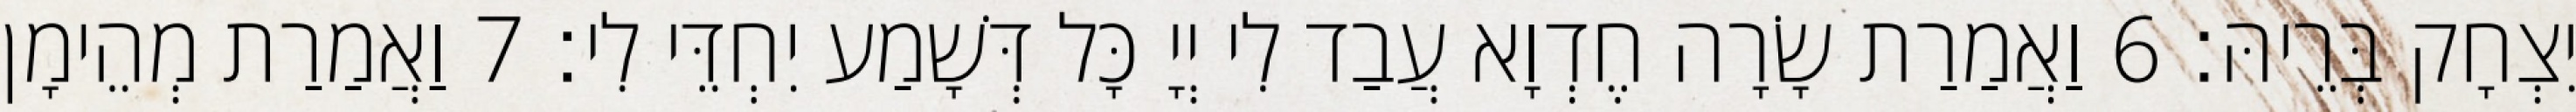
יִצְחָק בְּרֵיהּ׃ 6 וַאֲמַרַת שָׂרָה חֶדְוָא עֲבַד לִי יְיָ כָּל דְּשָׁמַע יִחְדֵּי לִי׃ 7 וַאֲמַרַת מְהֵימָן